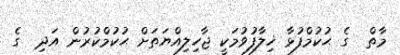
މާތް  ގެ ޙުކުމްފުޅާ ޚިލާފުވުމަކީ ޖާހިލިއްޔަތަށް ޙުކުމްކުރުން އަދި  ގެ